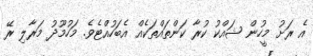
އެ ރަށު މީހުން ޝައްކު ކުރާ ކަންތައްތަކެއް އެބަހުއްޓެވެ. މަހުމޫދު މަރާލި ރޭ